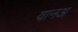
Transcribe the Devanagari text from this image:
वानअ